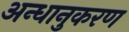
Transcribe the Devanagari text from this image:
अन्धानुकरण